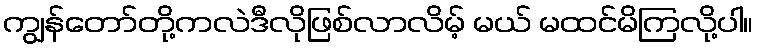
ကျွန်တော်တို့ကလဲဒီလိုဖြစ်လာလိမ့် မယ် မထင်မိကြလို့ပါ။